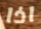
اذا